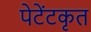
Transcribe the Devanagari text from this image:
पेटेंटकृत